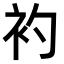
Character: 𧘑